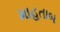
માહતાબ